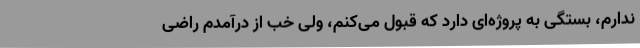
ندارم، بستگی به پروژه‌ای دارد که قبول می‌کنم، ولی خب از درآمدم راضی